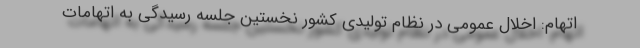
اتهام: اخلال عمومی در نظام تولیدی کشور نخستین جلسه رسیدگی به اتهامات